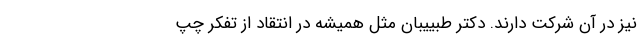
نیز در آن شرکت دارند. دکتر طبییبان مثل همیشه در انتقاد از تفکر چپ